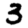
Digit: 3